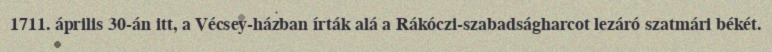
1711. április 30-án itt, a Vécsey-házban írták alá a Rákóczi-szabadságharcot lezáró szatmári békét.